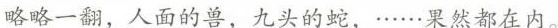
略略一翻，人面的兽，九头的蛇，······果然都在内。